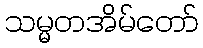
သမ္မတအိမ်တော်